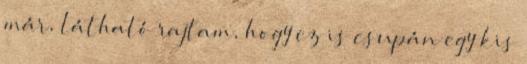
már, látható rajtam, hogy ez is csupán egy kis